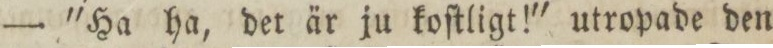
— 'Ha ha, det är ju koſtligt!' utroipade den